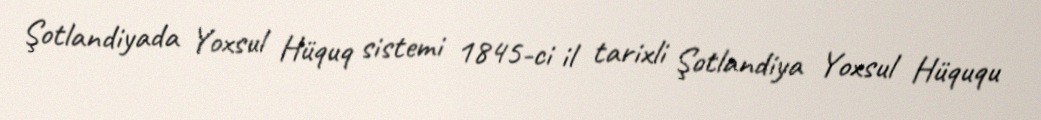
Şotlandiyada Yoxsul Hüquq sistemi 1845-ci il tarixli Şotlandiya Yoxsul Hüququ